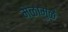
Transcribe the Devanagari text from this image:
मेळामुळे